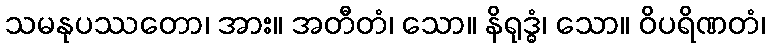
သမနုပဿတော၊ အား။ အတီတံ၊ သော။ နိရုဒ္ဓံ၊ သော။ ဝိပရိဏတံ၊